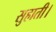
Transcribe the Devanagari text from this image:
सुहाती।